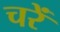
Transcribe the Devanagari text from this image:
चरें